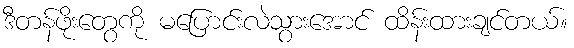
ဒီတန်ဖိုးတွေကို မပြောင်းလဲသွားအောင် ထိန်းထားချင်တယ်။